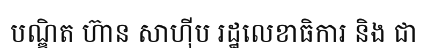
បណ្ឌិត ហ៊ាន សាហ៊ីប រដ្ឋលេខាធិការ និង ជា